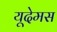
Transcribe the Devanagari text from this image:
यूदेमस